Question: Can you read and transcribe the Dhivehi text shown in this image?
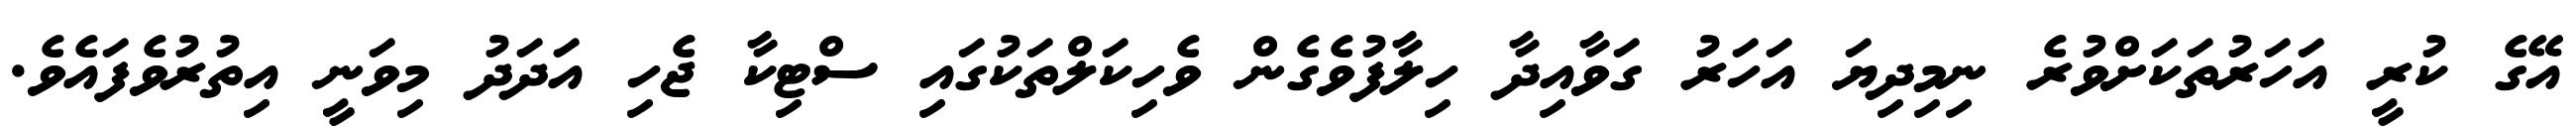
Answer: އޭގެ ކުރީ އަހަރުތަކަށްވުރެ ނިމިދިޔަ އަހަރު ގަވާއިދާ ހިލާފުވެގެން ވެހިކަލްތަކުގައި ސްޓިކާ ޖެހި އަދަދު މިވަނީ އިތުރުވެފައެވެ.